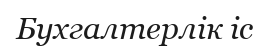
Бухгалтерлік іс